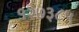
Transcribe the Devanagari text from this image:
१२७३८५